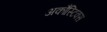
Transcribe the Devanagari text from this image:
अकौस्टिक्स